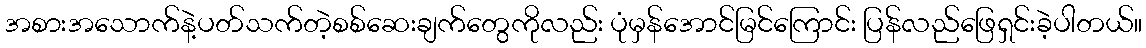
အစားအသောက်နဲ့ပတ်သက်တဲ့စစ်ဆေးချက်တွေကိုလည်း ပုံမှန်အောင်မြင်ကြောင်း ပြန်လည်ဖြေရှင်းခဲ့ပါတယ်။